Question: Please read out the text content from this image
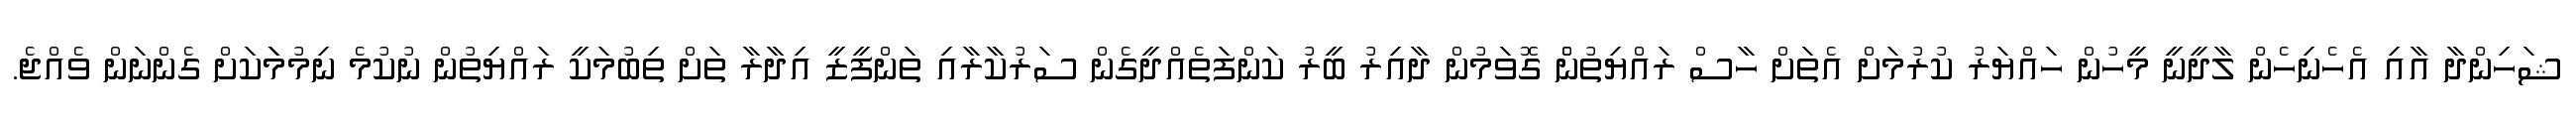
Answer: ޝަހިންދާ އާއި އެހެނިހެން ލާދީނީ މީހުން ހައްޔަރު ކުރުމަށް އެތަށް ހާސް ރައްޔިތުނެް ގޮވަމުން ދާއިރު ބީރު ކަންފަތެއްދީގެން ސަރުކާރާއި ތަންފީޒީ އިދާރާ ތަށް ތިބުމަކީ ރައްޔިތުން ނުކުމެ ނިމުމަަކަށް ގެންނަން ވެއްޖެ.